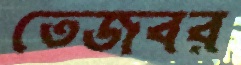
তেজবর